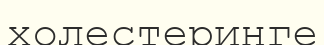
холестеринге